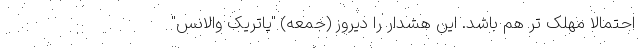
احتمالا مهلک تر هم باشد. این هشدار را دیروز (جمعه) "پاتریک والانس"